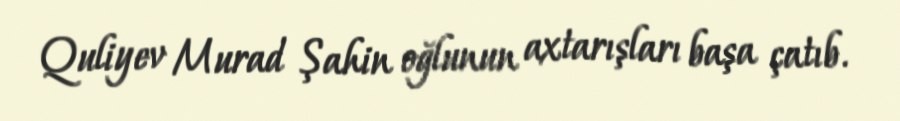
Quliyev Murad Şahin oğlunun axtarışları başa çatıb.